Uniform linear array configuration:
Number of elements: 8
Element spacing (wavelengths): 0.5
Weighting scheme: hann
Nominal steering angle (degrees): -45
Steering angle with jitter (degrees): -46.769
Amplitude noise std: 0.05
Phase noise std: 0.05

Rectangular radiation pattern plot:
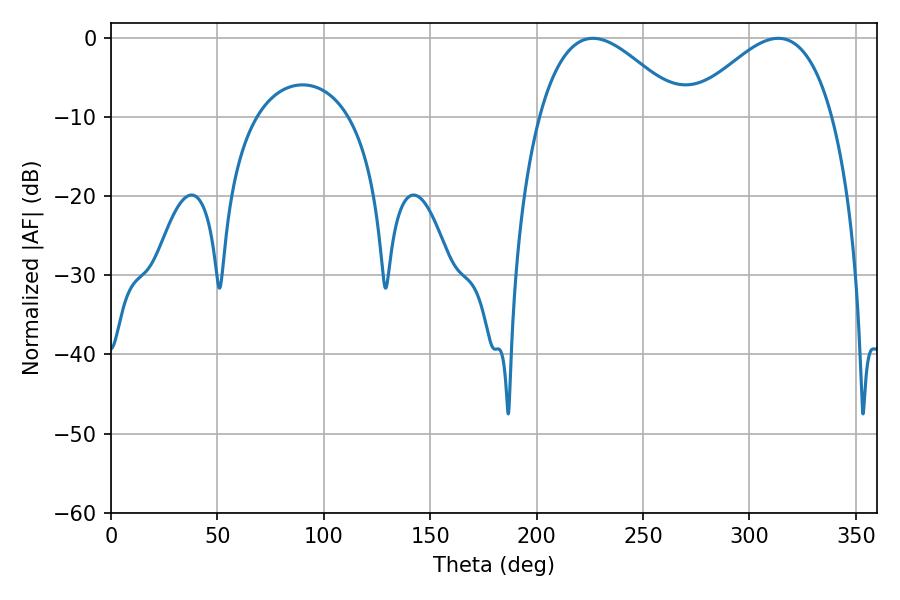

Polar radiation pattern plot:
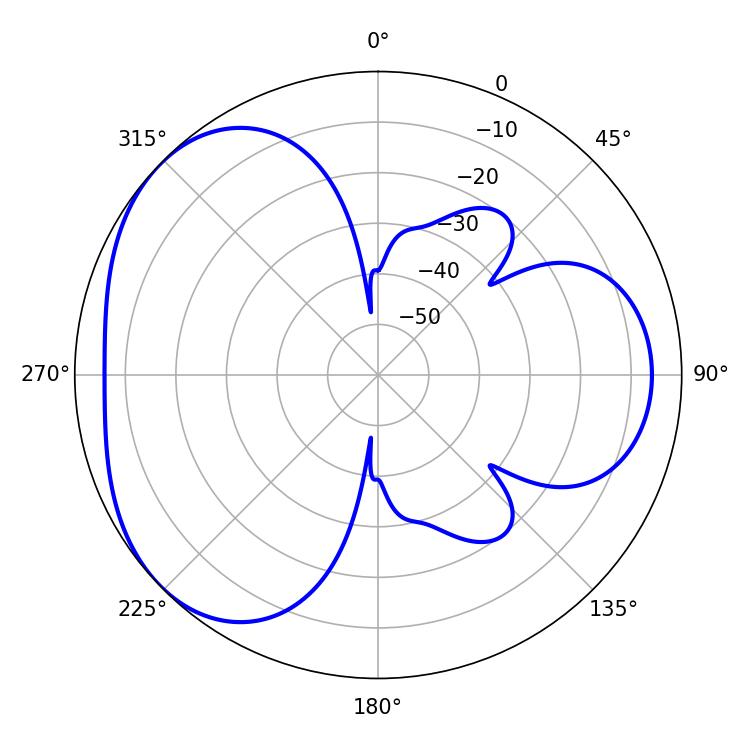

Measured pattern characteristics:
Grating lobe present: FALSE
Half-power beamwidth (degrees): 36.54
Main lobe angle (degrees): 226.44